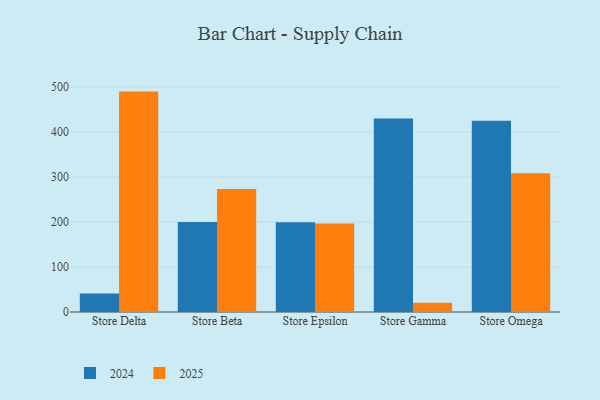
{"axis": {"x": "Store", "y": "Bounce Rate (%)"}, "legend": ["2024", "2025"], "data": [{"x": "Store Delta", "y": 41.4, "type": "2024"}, {"x": "Store Delta", "y": 490.0, "type": "2025"}, {"x": "Store Beta", "y": 199.9, "type": "2024"}, {"x": "Store Beta", "y": 273.4, "type": "2025"}, {"x": "Store Epsilon", "y": 199.7, "type": "2024"}, {"x": "Store Epsilon", "y": 196.6, "type": "2025"}, {"x": "Store Gamma", "y": 430.0, "type": "2024"}, {"x": "Store Gamma", "y": 20.4, "type": "2025"}, {"x": "Store Omega", "y": 425.0, "type": "2024"}, {"x": "Store Omega", "y": 308.3, "type": "2025"}]}